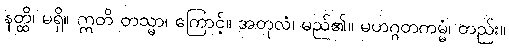
နတ္ထိ၊ မရှိ။ ဣတိ တသ္မာ၊ ကြောင့်။ အတုလံ၊ မည်၏။ မဟဂ္ဂတကမ္မံ၊ တည်း။